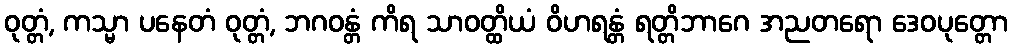
ဝုတ္တံ, ကသ္မာ ပနေတံ ဝုတ္တံ, ဘဂဝန္တံ ကိရ သာဝတ္ထိယံ ဝိဟရန္တံ ရတ္တိဘာဂေ အညတရော ဒေဝပုတ္တော